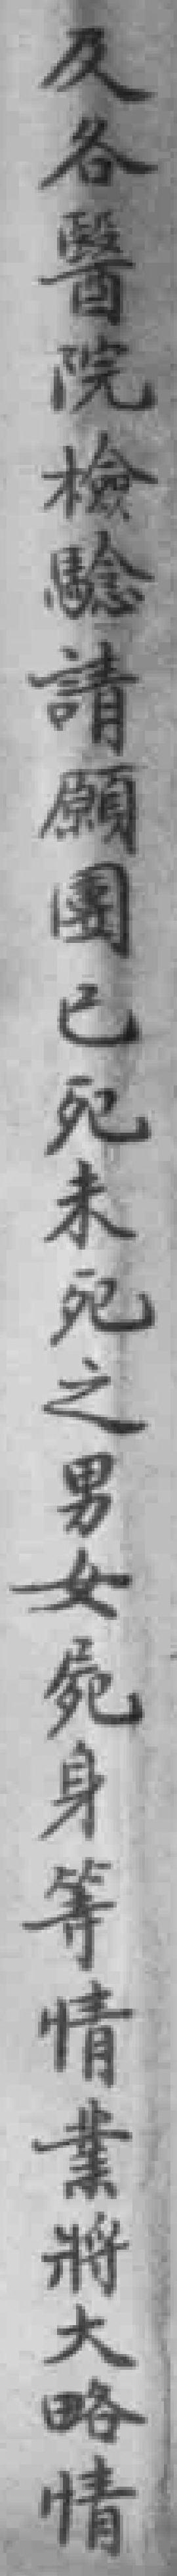
及各醫院檢驗請願團已死未死之男女屍身等情業將大略情